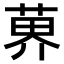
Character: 𫈨